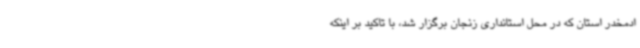
ادمخدر استان که در محل استانداری زنجان برگزار شد، با تاکید بر اینکه